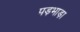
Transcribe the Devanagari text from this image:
पड़भाड़ा